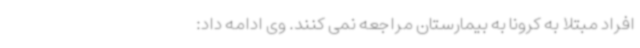
افراد مبتلا به کرونا به بیمارستان مراجعه نمی کنند. وی ادامه داد: